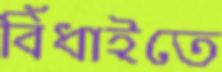
বিঁধাইতে